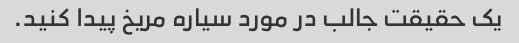
یک حقیقت جالب در مورد سیاره مریخ پیدا کنید.